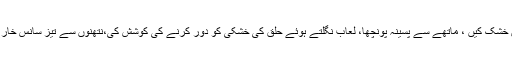
آنکھیں خشک کیں ، ماتھے سے پسینہ پونچھا، لعاب نگلتے ہوئے حلق کی خشکی کو دور کرنے کی کوشش کی،نتھنوں سے تیز سانس خارج کیا ۔